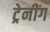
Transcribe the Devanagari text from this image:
ट्रेनींग